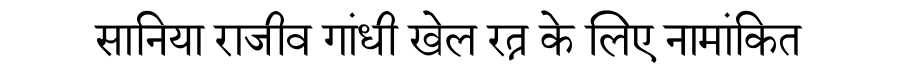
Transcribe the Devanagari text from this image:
सानिया राजीव गांधी खेल रत्न के लिए नामांकित